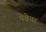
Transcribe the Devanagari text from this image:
पेवेयर